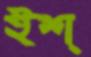
ইশ্